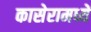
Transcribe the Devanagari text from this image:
कासेरामध्यें